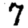
Digit: 7